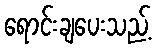
ရောင်းချပေးသည့်